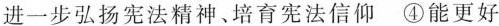
进一步弘扬宪法精神、培育宪法信仰 ④能更好